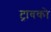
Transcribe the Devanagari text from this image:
ट्रावको